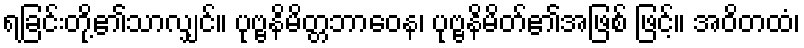
ရခြင်းတို့၏သာလျှင်။ ပုဗ္ဗနိမိတ္တဘာဝေန၊ ပုဗ္ဗနိမိတ်၏အဖြစ် ဖြင့်။ အဝိတထံ၊